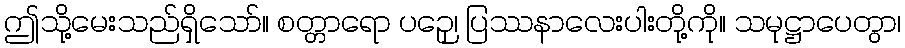
ဤသို့မေးသည်ရှိသော်။ စတ္တာရော ပဉှေ၊ ပြဿနာလေးပါးတို့ကို။ သမုဋ္ဌာပေတွာ၊